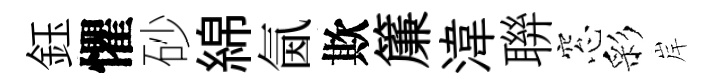
鈺懼砂綿氤欺簾湋聨窓彩岸